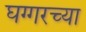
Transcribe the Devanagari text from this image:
घग्गरच्या